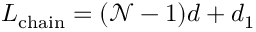
L _ { \mathrm { c h a i n } } = ( \mathcal { N } - 1 ) d + d _ { 1 }